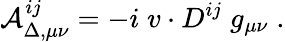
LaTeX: {\cal A}_{\Delta,\mu\nu}^{ij}=-i\; v\cdot D^{ij}\; g_{\mu\nu}\; .